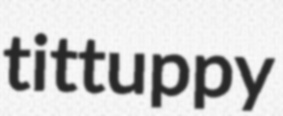
tittuppy